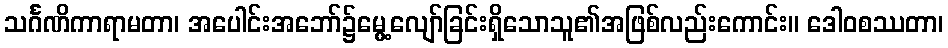
သင်္ဂဏိကာရာမတာ၊ အပေါင်းအဘော်၌မွေ့လျော်ခြင်းရှိသောသူ၏အဖြစ်လည်းကောင်း။ ဒေါဝစဿတာ၊